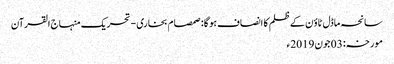
سانحہ ماڈل ٹاؤن کے ظلم کا انصاف ہو گا: صمصام بخاری - تحریک منہاج القرآن
مورخہ: 03 جون 2019ء